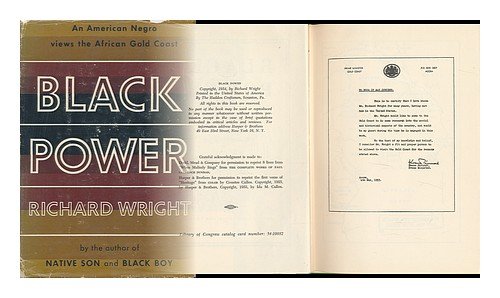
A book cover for Black Power: A Record of Reactions in a Land of Pathos; Richard Wright; Travel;